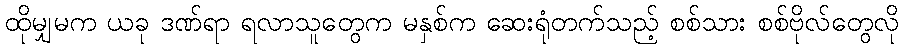
ထိုမျှမက ယခု ဒဏ်ရာ ရလာသူတွေက မနှစ်က ဆေးရုံတက်သည့် စစ်သား စစ်ဗိုလ်တွေလို